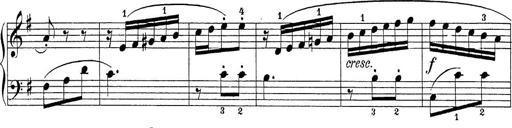
Title: Sonatina Album
Composer: Louis KÃ¶hler